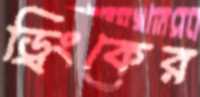
ড্রিংকের